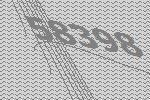
58398